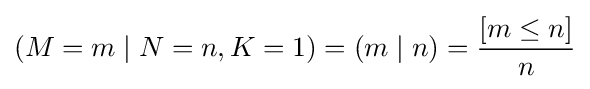
(M=m\mid N=n,K=1)=(m\mid n)={\frac {[m\leq n]}{n}}